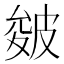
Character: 皴